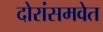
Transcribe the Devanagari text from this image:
दोरांसमवेत